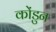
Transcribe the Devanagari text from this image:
कोंडुन